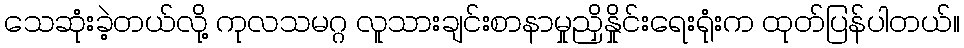
သေဆုံးခဲ့တယ်လို့ ကုလသမဂ္ဂ လူသားချင်းစာနာမှုညှိနှိုင်းရေးရုံးက ထုတ်ပြန်ပါတယ်။